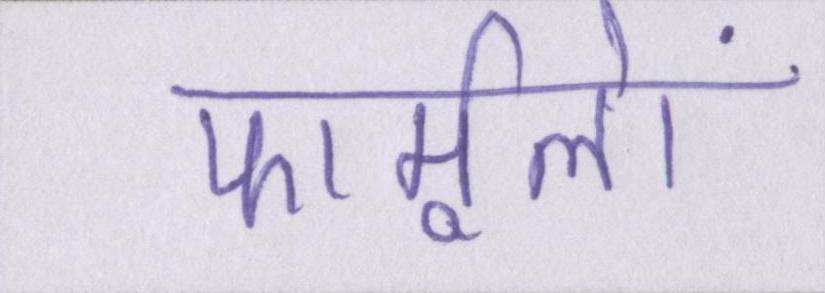
फार्मूलों